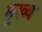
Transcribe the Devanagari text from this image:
भुख्य